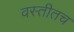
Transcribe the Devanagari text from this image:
वस्तीतच